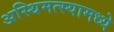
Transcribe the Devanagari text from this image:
अस्थिमत्स्यामध्ये